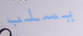
يسلب